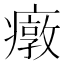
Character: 𱱤